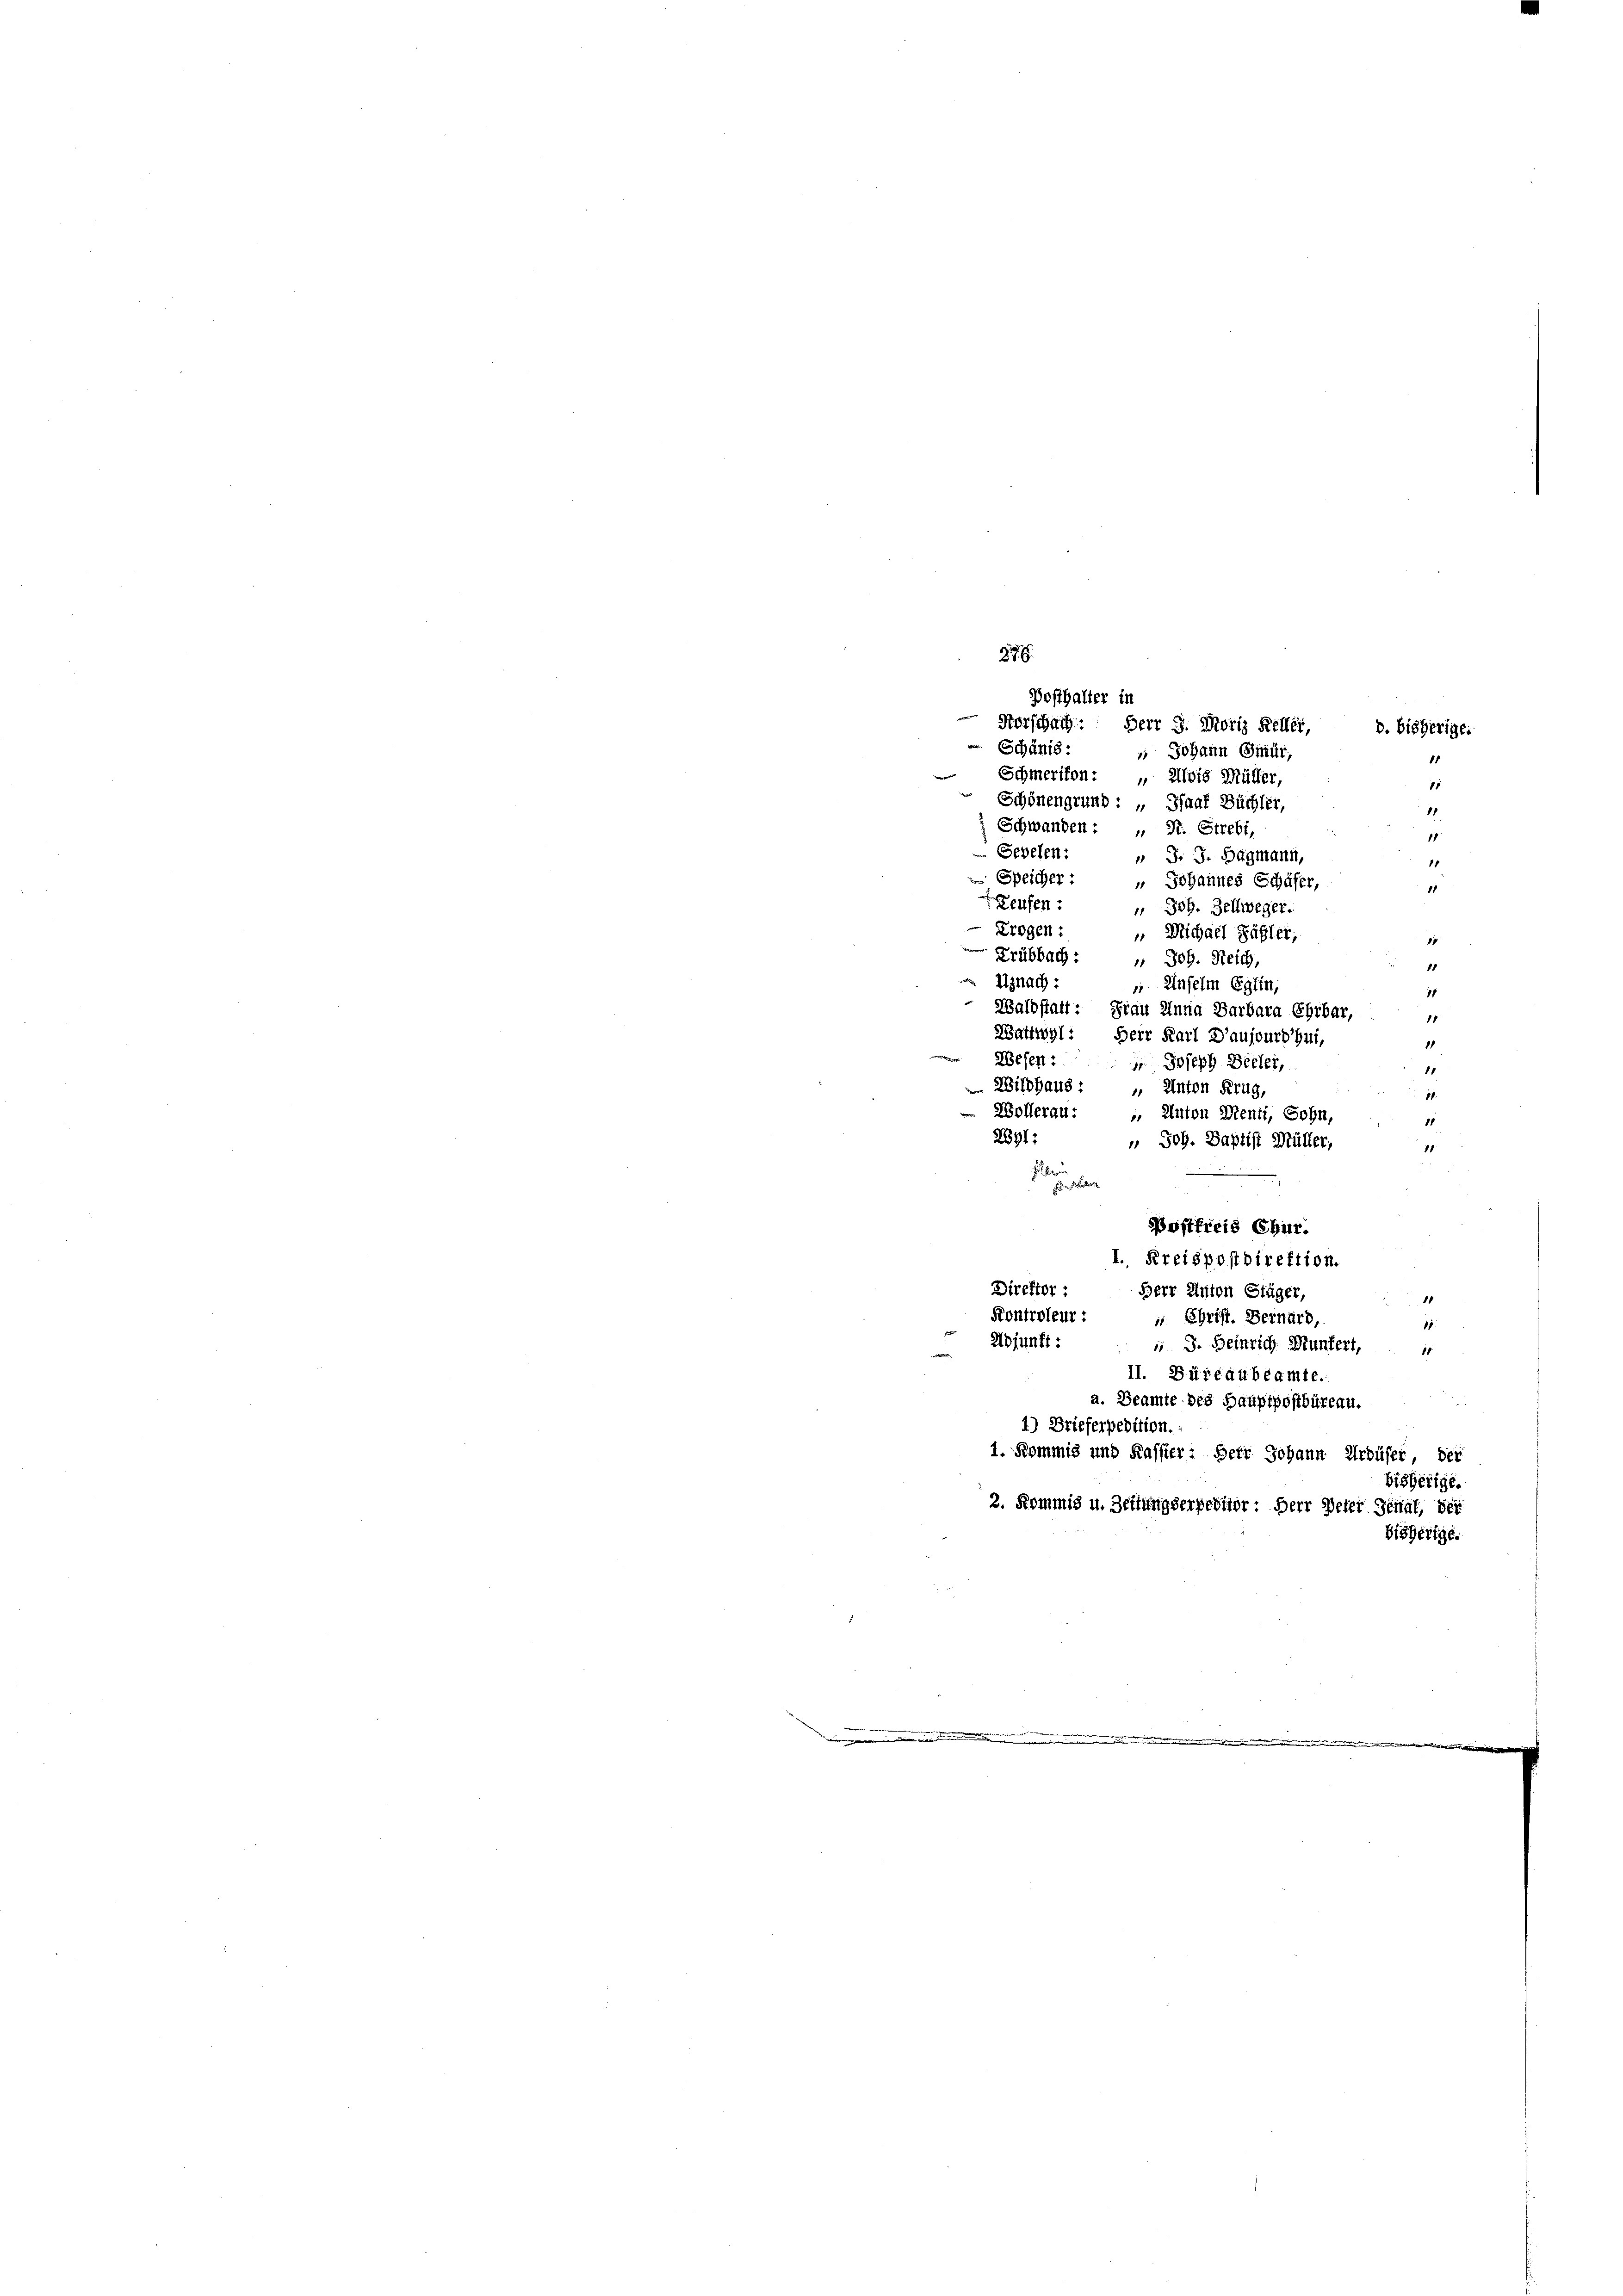
87
Posthalter in
Herschach: Herr J. Moriz Keller,
Schänis:
 Johann Gmür,
Schmerikon: " Alois Müller,
Schönengrund : „Saat Büchler,
11
Schwanden : „ N. Strebt,
11
Sepeten:
 J. J. Hagmann,
11
 Speicher:
11
Reufen:
 Joh. Zellweger.
Erogen:
 Michael Bähler,
7
Zrübbach: " Joh. Reich,
Uznach :
11
Wesen:
 Wildhaus:
" Anton Krug,
1.
Wollerau: „ Anton Menti, Sohn,
15
2691:
 Joh. Baptist Müller,
18

h . . . . . .
Postfreis Chur.
I. Kreispostdirektion.
Direktor: Herr Anton Stäger,
Kontroleur: „ Christ. Bernard,
11
Abjunft: " J. Heinrich Muntert,
1
II. Büreaubeamte.
a. Beamte des Hauptpostbüreau.
4) Brieferpedition.
1. Kommis und Kassier: Herr Johann Urdüfer, der
bisherige.

u. Unselm Eglin,
Waldstatt: Frau Anna Barbara Ehrbar,
Wattwyl: Herr Karl D’aujoursui,
 Joseph Bieler,

2. Kommis u. Zeitungserheblier: Herr Peter Jenal, der
bisherige.

Johannes Schäfer,

D. bisherige.
11
15

18
11
11
15